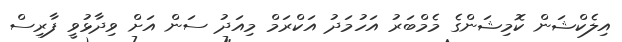
އިލެކްޝަން ކޮމިޝަންގެ މެމްބަރު އަހުމަދު އަކްރަމް މިއަދު ސަން އަށް ވިދާޅުވީ ފާރިސް